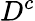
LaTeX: D^{c}